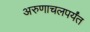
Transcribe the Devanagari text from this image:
अरुणाचलपर्यंत